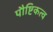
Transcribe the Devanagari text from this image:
पौष्टिकत्व